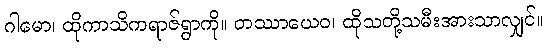
ဂါမော၊ ထိုကာသိကရာဇ်ရွာကို။ တဿာယေဝ၊ ထိုသတို့သမီးအားသာလျှင်။